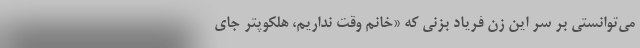
می‌توانستی بر سر این زن فریاد بزنی که «خانم وقت نداریم، هلکوپتر جای